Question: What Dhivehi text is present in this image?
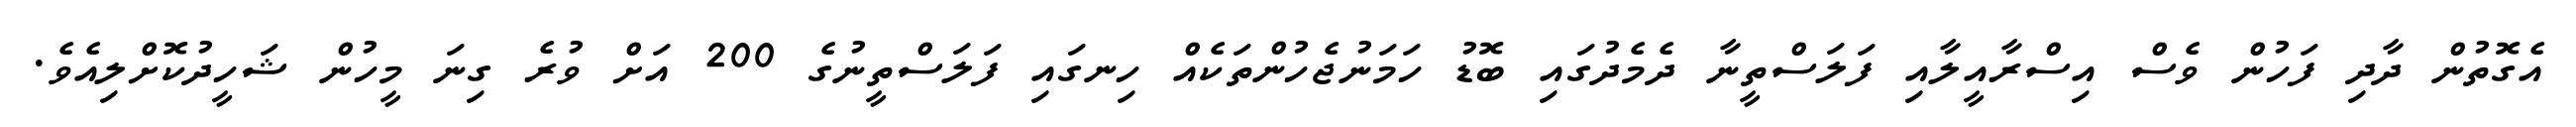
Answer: އެގޮތުން ދާދި ފަހުން ވެސް އިސްރާއީލާއި ފަލަސްތީނާ ދެމެދުގައި ބޮޑު ހަމަނުޖެހުންތަކެއް ހިނގައި ފަލަސްތީނުގެ 200 އަށް ވުރެ ގިނަ މީހުން ޝަހީދުކޮށްލިއެވެ.